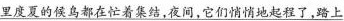
里度夏的候鸟都在忙着集结，夜间，它们悄悄地起程了，路上